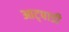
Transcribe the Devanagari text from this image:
आट्पाडी